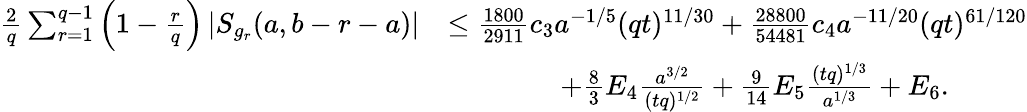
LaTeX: \begin{array}{rl}{\frac{2}{q}\sum_{r=1}^{q-1}\left(1-\frac{r}{q}\right)\left|S_{g_{r}}(a,b-r-a)\right|}&{\le\frac{1800}{2911}c_{3}a^{-1/5}(qt)^{11/30}+\frac{28800}{54481}c_{4}a^{-11/20}(qt)^{61/120}}\\ &{\qquad\qquad+\frac{8}{3}E_{4}\frac{a^{3/2}}{(tq)^{1/2}}+\frac{9}{14}E_{5}\frac{(tq)^{1/3}}{a^{1/3}}+E_{6}.}\end{array}